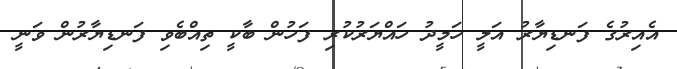
އެއިރުގެ ފަނޑިޔާރު އަލީ ހަމީދު ހައްޔަރުކުރި ފަހުން ބާކީ ތިއްބެވި ފަނޑިޔާރުން ވަނީ